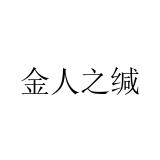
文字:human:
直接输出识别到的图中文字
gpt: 金人之缄